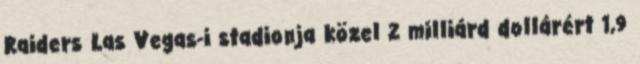
Raiders Las Vegas-i stadionja közel 2 milliárd dollárért 1,9